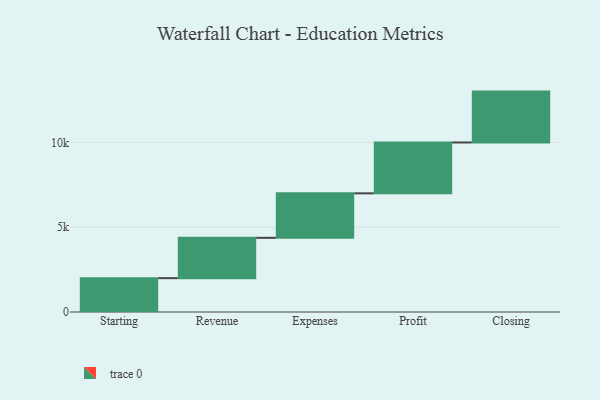
{"axis": {"x": "Step", "y": "Value"}, "legend": [""], "data": [{"x": "Starting", "y": 1996.0, "type": ""}, {"x": "Revenue", "y": 2379.0, "type": ""}, {"x": "Expenses", "y": 2623.0, "type": ""}, {"x": "Profit", "y": 3000, "type": ""}, {"x": "Closing", "y": 3000, "type": ""}]}